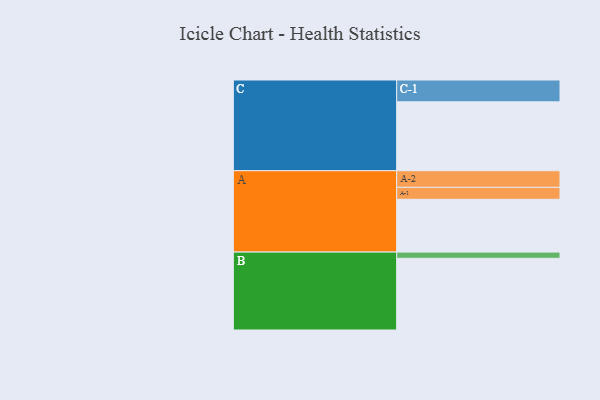
{"axis": {"x": "Segment", "y": "Value"}, "legend": ["", "A", "B", "C"], "data": [{"x": "A", "y": 425, "type": ""}, {"x": "B", "y": 577, "type": ""}, {"x": "C", "y": 554, "type": ""}, {"x": "A-1", "y": 96, "type": "A"}, {"x": "A-2", "y": 134, "type": "A"}, {"x": "B-1", "y": 50, "type": "B"}, {"x": "C-1", "y": 176, "type": "C"}]}